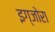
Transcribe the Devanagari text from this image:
इग्जोरा